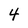
Character: 4